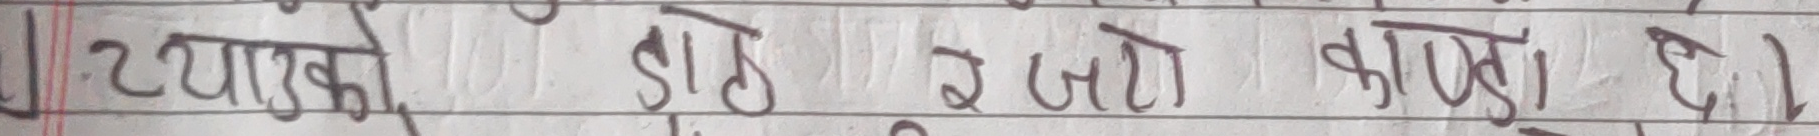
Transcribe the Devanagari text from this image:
1. ट्यारको हो इ जटो कापड़ है।